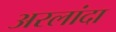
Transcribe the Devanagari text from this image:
अरलांदा